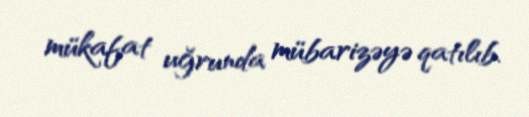
mükafat uğrunda mübarizəyə qatılıb.